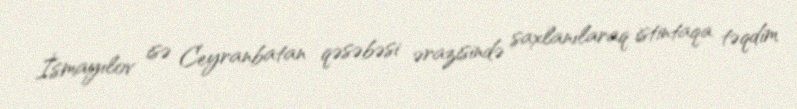
İsmayılov isə Ceyranbatan qəsəbəsi ərazisində saxlanılaraq istintaqa təqdim